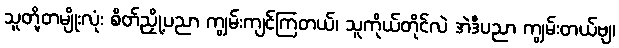
သူတို့တမျိုးလုံး စိတ်ညှို့ပညာ ကျွမ်းကျင်ကြတယ်၊ သူကိုယ်တိုင်လဲ အဲဒီပညာ ကျွမ်းတယ်ဗျ၊